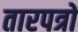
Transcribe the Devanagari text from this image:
तारपत्रों